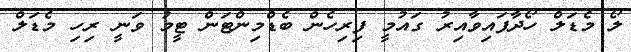
ލޯ މެޑަލް ހޯދާފައިވާއިރު ގައުމީ ފިރިހެން ބެޑްމިންޓަން ޓީމު ވަނީ ރިހި މެޑަލް